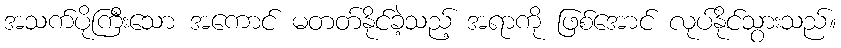
အသက်ပိုကြီးသော အကောင် မတတ်နိုင်ခဲ့သည့် အရာကို ဖြစ်အောင် လုပ်နိုင်သွားသည်။